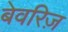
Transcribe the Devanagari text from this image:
बेवरिज़